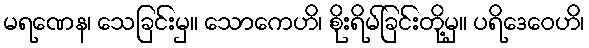
မရဏေန၊ သေခြင်းမှ။ သောကေဟိ၊ စိုးရိမ်ခြင်းတို့မှ။ ပရိဒေဝေဟိ၊